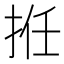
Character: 拰